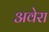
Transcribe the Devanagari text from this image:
अवेरा